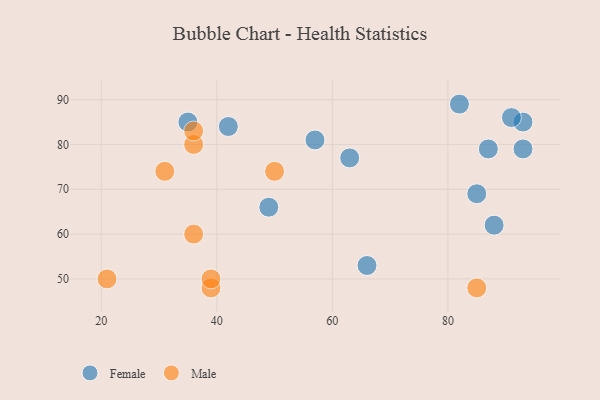
{"axis": {"x": "GDP", "y": "Life Expectancy"}, "legend": ["Female", "Male"], "data": [{"x": "35", "y": 85, "type": "Female"}, {"x": "63", "y": 77, "type": "Female"}, {"x": "66", "y": 53, "type": "Female"}, {"x": "93", "y": 85, "type": "Female"}, {"x": "88", "y": 62, "type": "Female"}, {"x": "49", "y": 66, "type": "Female"}, {"x": "85", "y": 69, "type": "Female"}, {"x": "82", "y": 89, "type": "Female"}, {"x": "93", "y": 79, "type": "Female"}, {"x": "91", "y": 86, "type": "Female"}, {"x": "42", "y": 84, "type": "Female"}, {"x": "87", "y": 79, "type": "Female"}, {"x": "57", "y": 81, "type": "Female"}, {"x": "36", "y": 80, "type": "Male"}, {"x": "39", "y": 48, "type": "Male"}, {"x": "85", "y": 48, "type": "Male"}, {"x": "36", "y": 83, "type": "Male"}, {"x": "50", "y": 74, "type": "Male"}, {"x": "36", "y": 60, "type": "Male"}, {"x": "21", "y": 50, "type": "Male"}, {"x": "39", "y": 50, "type": "Male"}, {"x": "31", "y": 74, "type": "Male"}]}